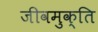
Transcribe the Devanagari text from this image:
जीवमुक्ति